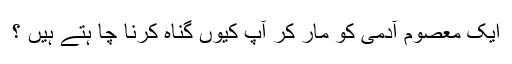
ایک معصوم آدمی کو مار کر آپ کیوں گناہ کرنا چا ہتے ہیں ؟